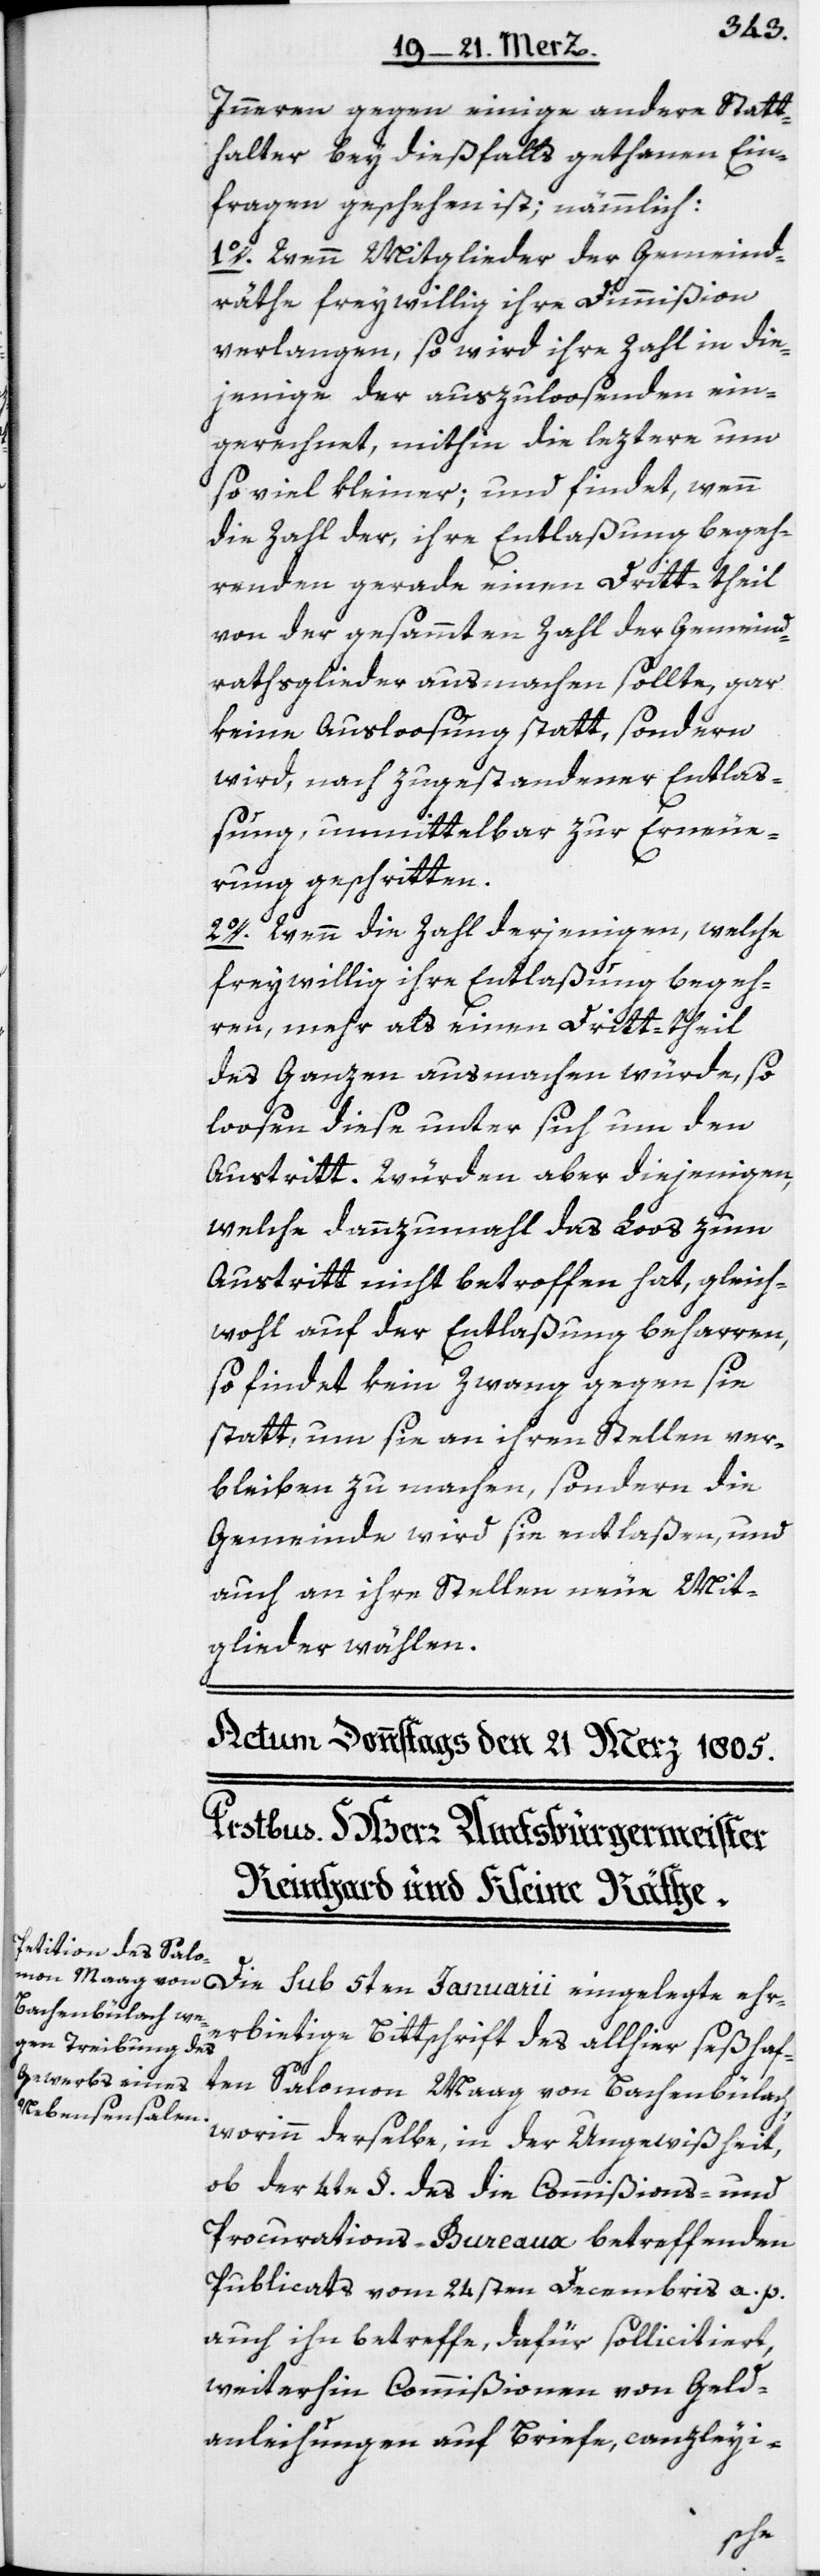
Inneren gegen einige andere Statt¬
halter bey dießfalls gethanen Ein¬
fragen geschehen ist; nämmlich:
1o. Wenn Mitglieder der Gemeind¬
räthe freywillig ihre Dimmißion
verlangen, so wird ihre Zahl in die¬
jenige der auszuloosenden ein¬
gerechnet, mithin die leztere um
so viel kleiner; und findet, wenn
die Zahl der, ihre Entlaßung begeh¬
renden gerade einen Dritt-theil
von der gesammten Zahl der Gemeind¬
rathsglieder ausmachen sollte, gar
keine Ausloosung statt, sondern
wird, nach zugestandener Entlaß¬
ung, unmittelbar zur Erneue¬
rung geschritten.
2o. Wenn die Zahl derjenigen, welche
freywillig ihre Entlaßung begeh¬
ren, mehr als einen Dritt-theil
des Ganzen ausmachen würde, so
loosen diese unter sich um den
Austritt. Würden aber diejenigen,
welche dannzumahl das Loos zum
Austritt nicht betroffen hat, gleich¬
wohl auf der Entlaßung beharren,
so findet kein Zwang gegen sie
statt, um sie an ihren Stellen ver¬
bleiben zu machen, sondern die
Gemeinde wird sie entlaßen, und
auch an ihre Stellen neue Mit¬
glieder wählen.
Die sub 5ten Januarii eingelegte ehr¬
erbietige Bittschrift des allhier seßhaf¬
ten Salomon Maag von Bachenbülach,
worinn derselbe, in der Ungewißheit,
ob der 4te §. des die Commißions- und
Procurations-Bureuax betreffenden
Publicats vom 24sten Decembris a. p.
auch ihn betreffe, dafür sollicitiert,
weiterhin Commißionen von Geld¬
anleihungen auf Briefe, canzleyi-